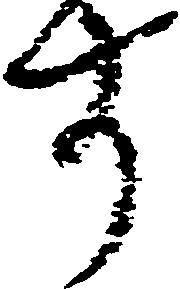
す